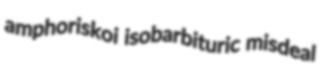
amphoriskoi isobarbituric misdeal